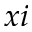
x i